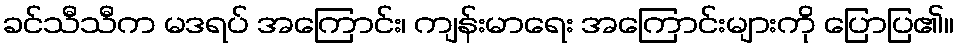
ခင်သီသီက မဒရပ် အကြောင်း၊ ကျန်းမာရေး အကြောင်းများကို ပြောပြ၏။